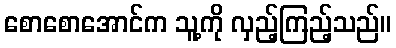
စောစောအောင်က သူ့ကို လှည့်ကြည့်သည်။